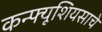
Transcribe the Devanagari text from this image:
कन्फ्यूशियसाचे